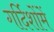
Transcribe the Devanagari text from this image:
गर्दिशोंमें